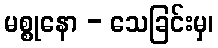
မစ္စုနော - သေခြင်းမှ၊